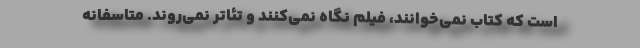
است که کتاب نمی‌خوانند، فیلم نگاه نمی‌کنند و تئاتر نمی‌روند. متاسفانه